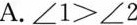
A.$$∠ 1 > ∠ 2$$